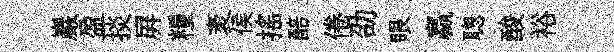
巖盈掞屛糧袤侯揺醅倦劭眼贏聦酸裕